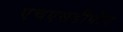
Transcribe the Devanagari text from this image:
एचएसडीपीए